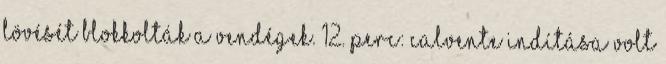
lövését blokkolták a vendégek. 12. perc: Calvente indítása volt